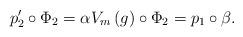
LaTeX: \begin{align*}p'_2\circ \Phi_2=\alpha V_m\left(g\right)\circ \Phi_2=p_1\circ \beta.\end{align*}